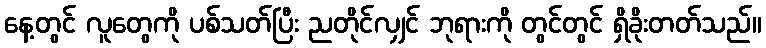
နေ့တွင် လူတွေကို ပစ်သတ်ပြီး ညတိုင်လျှင် ဘုရားကို တွင်တွင် ရှိခိုးတတ်သည်။